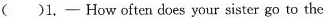
( )1.—How often does your sister go to the